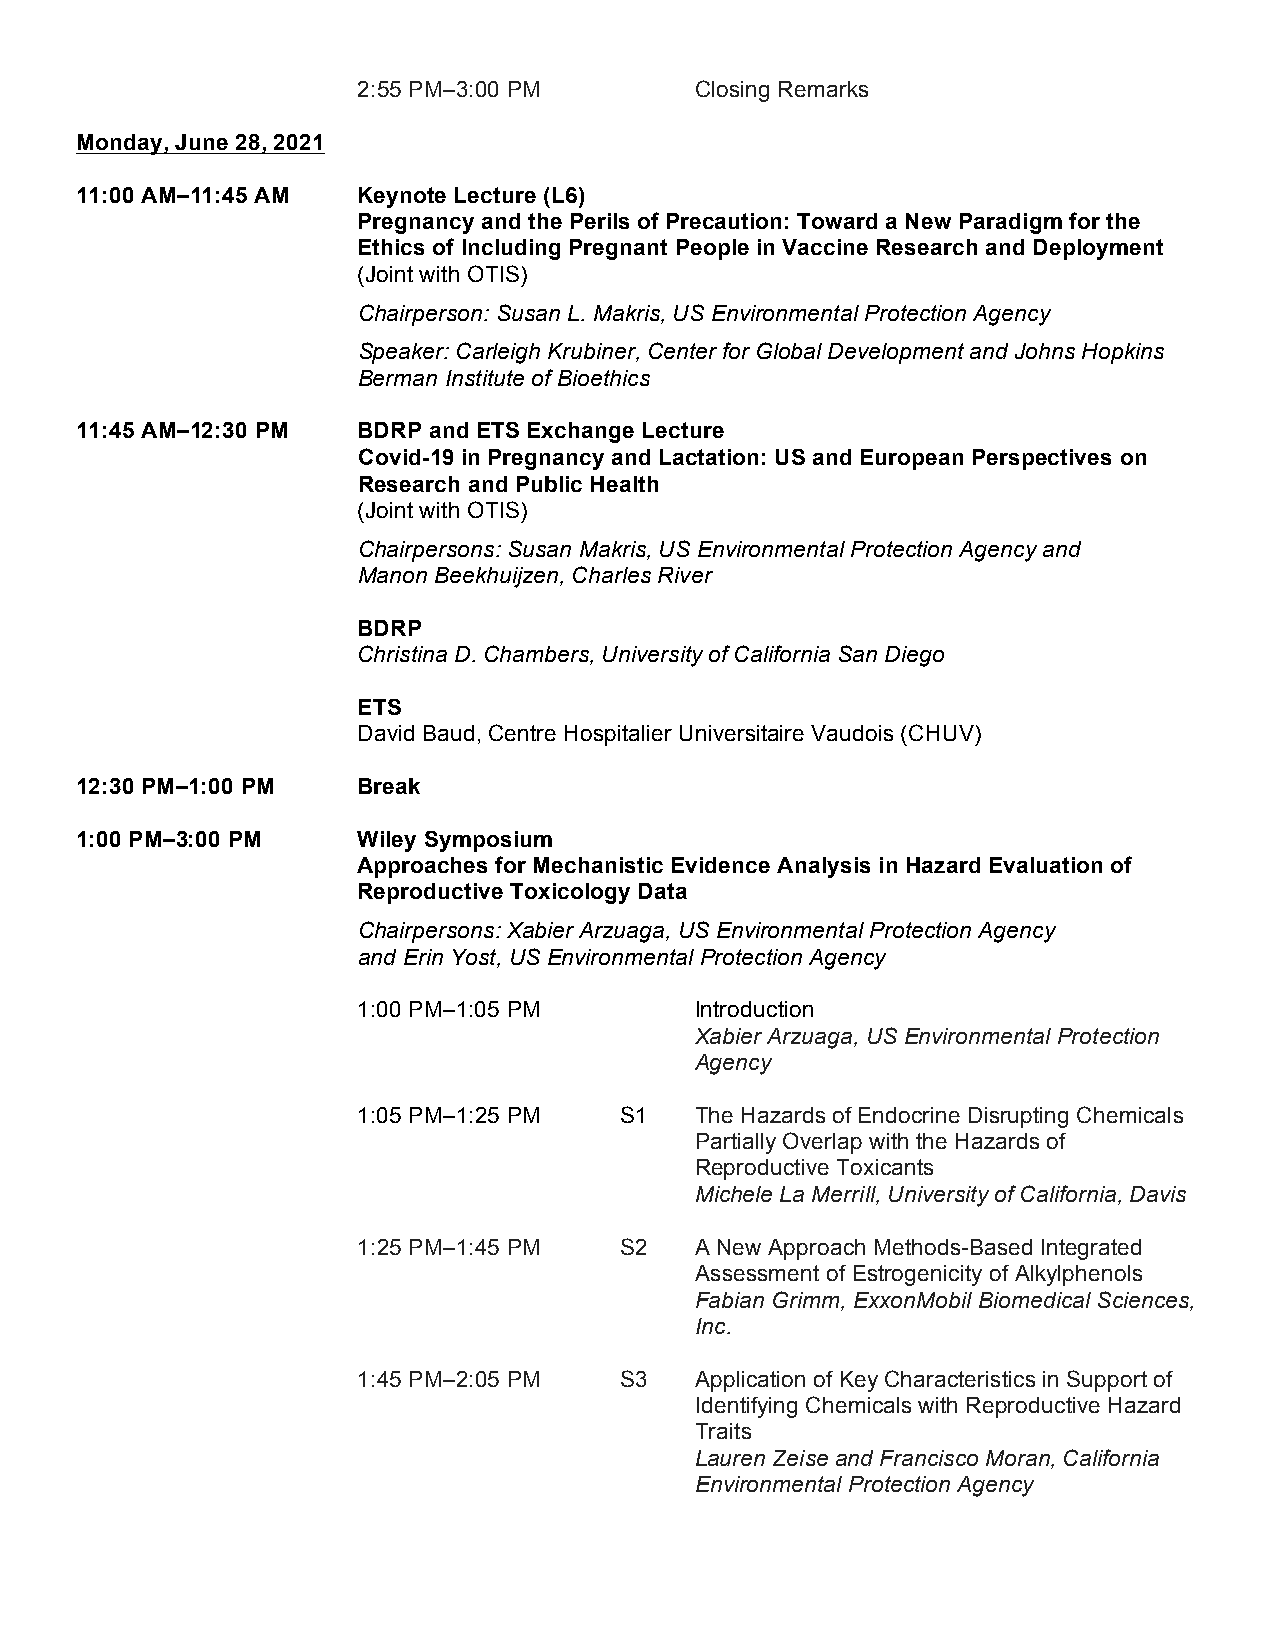
2:55 PM–3:00 PM       Closing Remarks
 Monday, June 28, 2021
 11:00 AM–11:45 AM  Keynote Lecture (L6)
 Pregnancy and the Perils of Precaution: Toward a New Paradigm for the
 Ethics of Including Pregnant People in Vaccine Research and Deployment
 (Joint with OTIS)
 Chairperson: Susan L. Makris, US Environmental Protection Agency
 Speaker: Carleigh Krubiner, Center for Global Development and Johns Hopkins
 Berman Institute of Bioethics
 11:45 AM–12:30 PM  BDRP and ETS Exchange Lecture
 Covid-19 in Pregnancy and Lactation: US and European Perspectives on
 Research and Public Health
 (Joint with OTIS)
 Chairpersons: Susan Makris, US Environmental Protection Agency and
 Manon Beekhuijzen, Charles River
 BDRP
 Christina D. Chambers, University of California San Diego
 ETS
 David Baud, Centre Hospitalier Universitaire Vaudois (CHUV)
 12:30 PM–1:00 PM   Break
 1:00 PM–3:00 PM    Wiley Symposium
 Approaches for Mechanistic Evidence Analysis in Hazard Evaluation of
 Reproductive Toxicology Data
 Chairpersons: Xabier Arzuaga, US Environmental Protection Agency
 and Erin Yost, US Environmental Protection Agency
 1:00 PM–1:05 PM       Introduction
 Xabier Arzuaga, US Environmental Protection
 Agency
 1:05 PM–1:25 PM  S1   The Hazards of Endocrine Disrupting Chemicals
 Partially Overlap with the Hazards of
 Reproductive Toxicants
 Michele La Merrill, University of California, Davis
 1:25 PM–1:45 PM  S2   A New Approach Methods-Based Integrated
 Assessment of Estrogenicity of Alkylphenols
 Fabian Grimm, ExxonMobil Biomedical Sciences,
 Inc.
 1:45 PM–2:05 PM  S3   Application of Key Characteristics in Support of
 Identifying Chemicals with Reproductive Hazard
 Traits
 Lauren Zeise and Francisco Moran, California
 Environmental Protection Agency